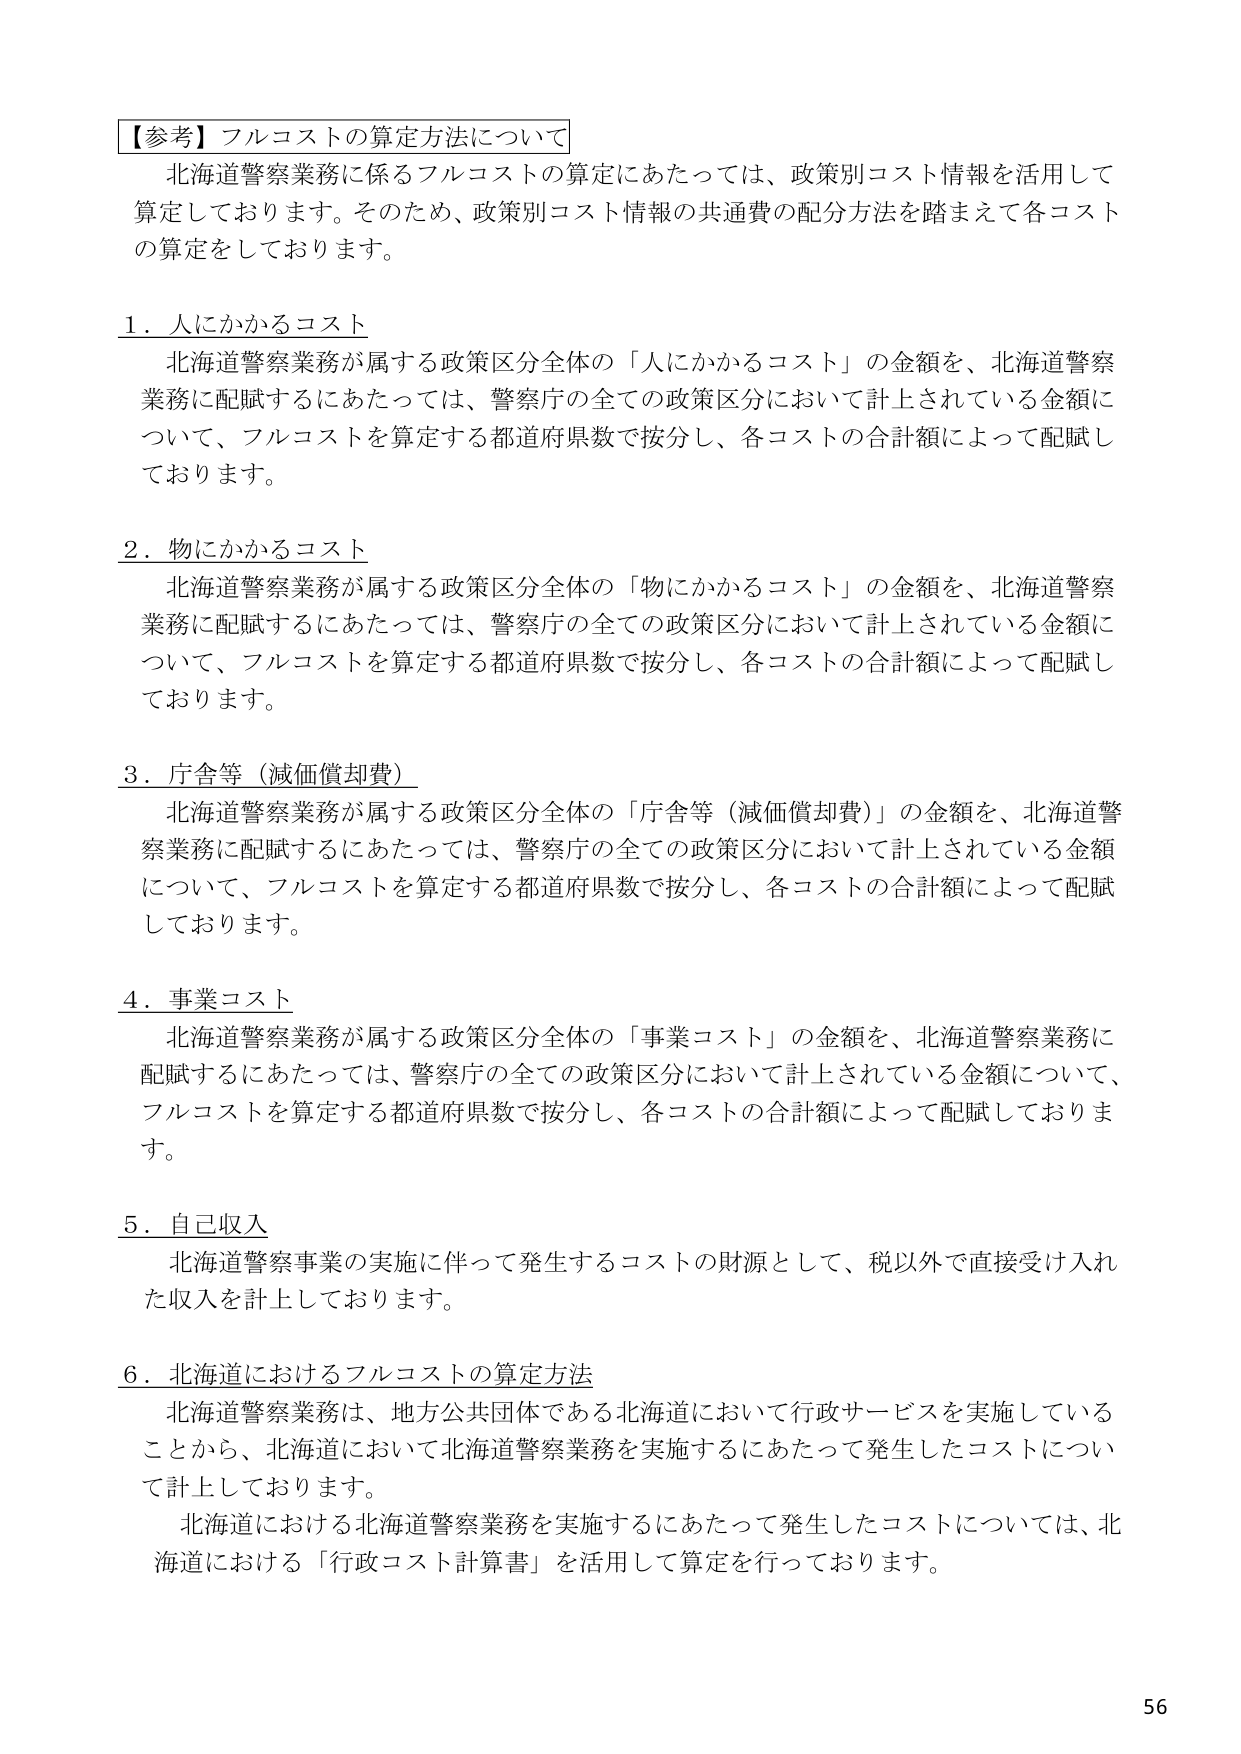
【参考】フルコストの算定方法について
北海道警察業務に係るフルコストの算定にあたっては、政策別コスト情報を活用して算定しております。そのため、政策別コスト情報の共通費の配分方法を踏まえて各コストの算定をしております。

1．人にかかるコスト
北海道警察業務が属する政策区分全体の「人にかかるコスト」の金額を、北海道警察業務に配賦するにあたっては、警察庁の全ての政策区分において計上されている金額について、フルコストを算定する都道府県数で按分し、各コストの合計額によって配賦しております。

2．物にかかるコスト
北海道警察業務が属する政策区分全体の「物にかかるコスト」の金額を、北海道警察業務に配賦するにあたっては、警察庁の全ての政策区分において計上されている金額について、フルコストを算定する都道府県数で按分し、各コストの合計額によって配賦しております。

3．庁舎等（減価償却費）
北海道警察業務が属する政策区分全体の「庁舎等（減価償却費）」の金額を、北海道警察業務に配賦するにあたっては、警察庁の全ての政策区分において計上されている金額について、フルコストを算定する都道府県数で按分し、各コストの合計額によって配賦しております。

4．事業コスト
北海道警察業務が属する政策区分全体の「事業コスト」の金額を、北海道警察業務に配賦するにあたっては、警察庁の全ての政策区分において計上されている金額について、フルコストを算定する都道府県数で按分し、各コストの合計額によって配賦しております。

5．自己収入
北海道警察事業の実施に伴って発生するコストの財源として、税以外で直接受け入れた収入を計上しております。

6．北海道におけるフルコストの算定方法
北海道警察業務は、地方公共団体である北海道において行政サービスを実施していることから、北海道において北海道警察業務を実施するにあたって発生したコストについて計上しております。
北海道における北海道警察業務を実施するにあたって発生したコストについては、北海道における「行政コスト計算書」を活用して算定を行っております。

56